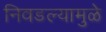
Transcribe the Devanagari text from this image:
निवडल्यामुळे